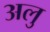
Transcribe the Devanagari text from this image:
अलु